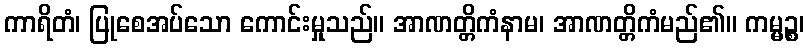
ကာရိတံ၊ ပြုစေအပ်သော ကောင်းမှုသည်။ အာဏတ္တိကံနာမ၊ အာဏတ္တိကံမည်၏။ ကမ္မဉ္စ၊